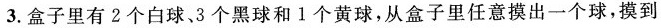
3.盒子里有2个白球、3个黑球和1个黄球，从盒子里任意摸出一个球，摸到